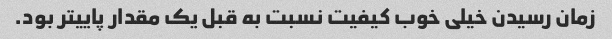
زمان رسیدن خیلی خوب کیفیت نسبت به قبل یک مقدار پاییتر بود.